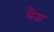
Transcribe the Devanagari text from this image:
त्रैता